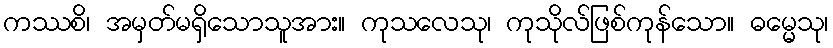
ကဿစိ၊ အမှတ်မရှိသောသူအား။ ကုသလေသု၊ ကုသိုလ်ဖြစ်ကုန်သော။ ဓမ္မေသု၊